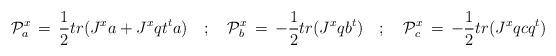
LaTeX: \begin{align*}{\cal P}^x_a \, =\, \frac{1}{2} tr( J^x a + J^x q t^t a) \quad ; \quad{\cal P}^x_b \, =\, -\frac{1}{2} tr (J^x q b^t) \quad ; \quad{\cal P}^x_c \, =\, -\frac{1}{2} tr (J^x q c q^t)\end{align*}